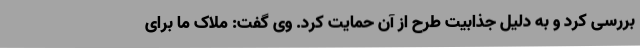
بررسی کرد و به دلیل جذابیت طرح از آن حمایت کرد. وی گفت: ملاک ما برای